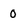
Character: 0